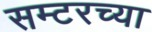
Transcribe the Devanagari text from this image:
सम्टरच्या